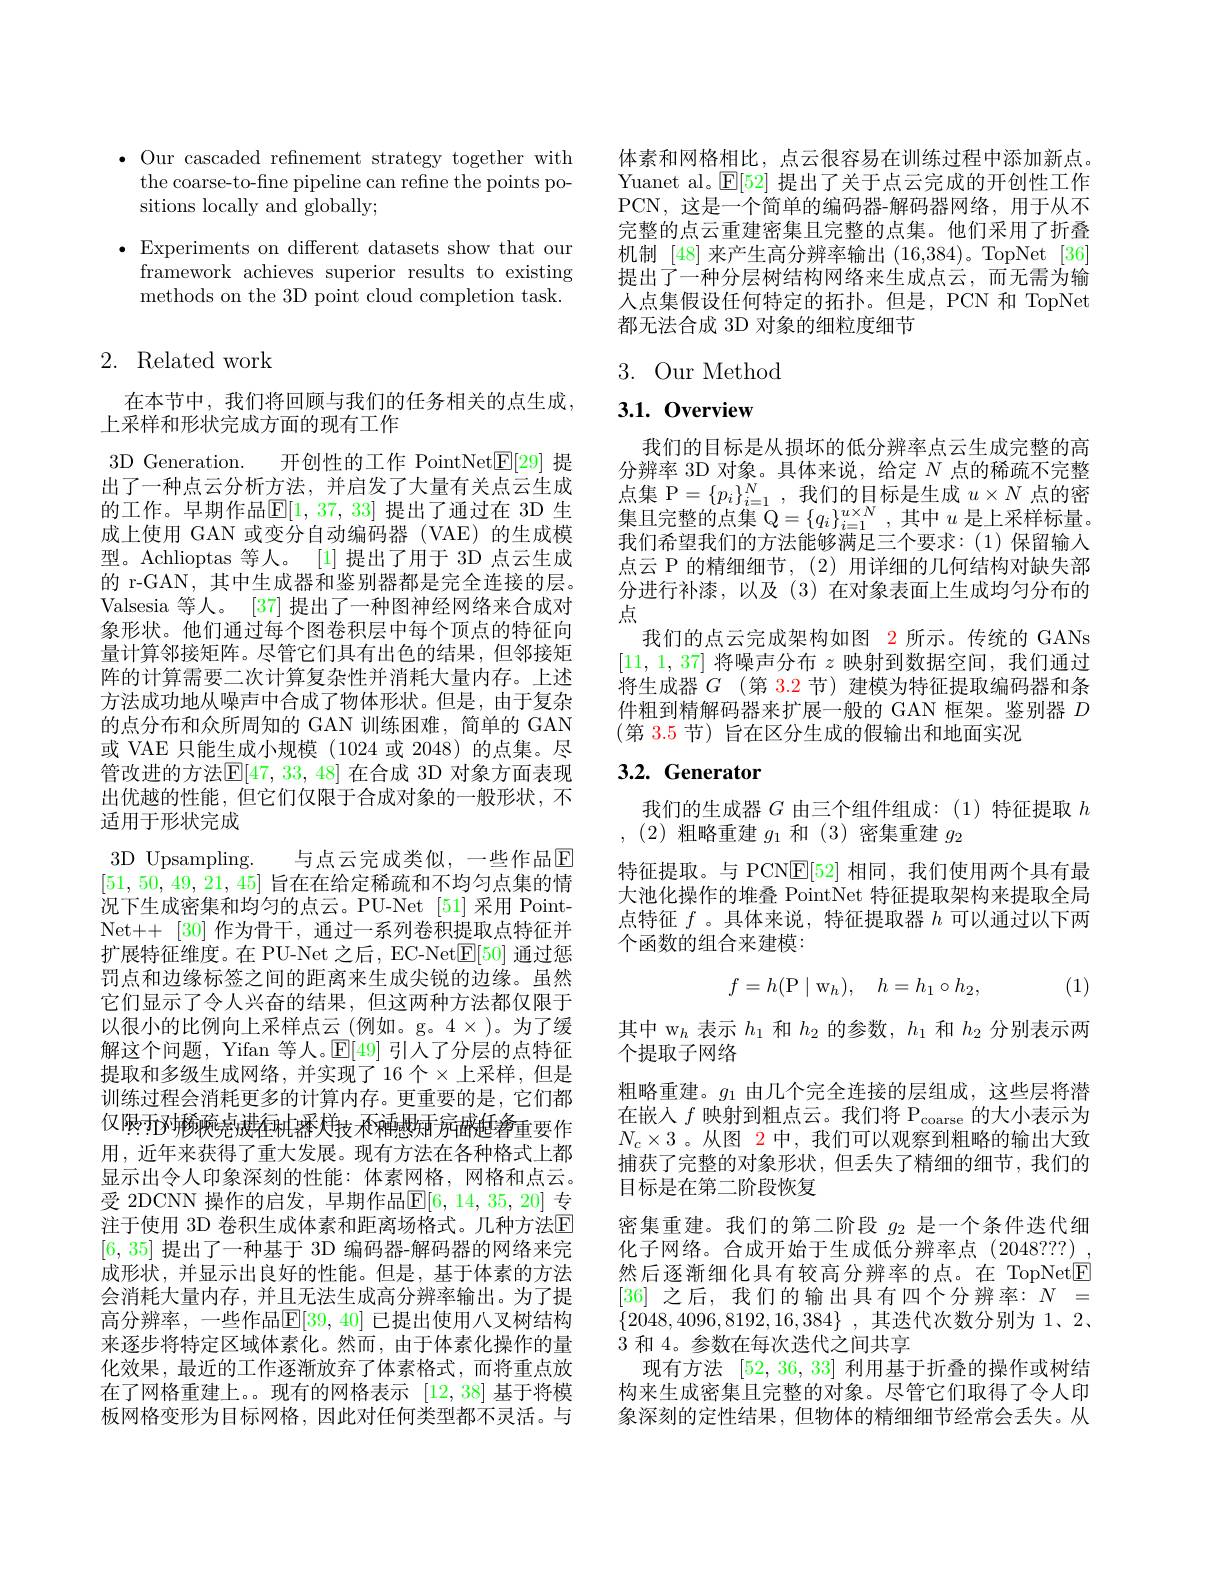
$\bullet$ Our cascaded refnement strategy together with
the coarse-to-fine pipeline can refine the points po-
sitions locally and globally;

$\bullet$Experiments on different datasets show that our
framework achieves superior results to existing methods on the 3D point cloud completion task.

## 2. Related work

在本节中，我们将回顾与我们的任务相关的点生成，
上采样和形状完成方面的现有工作
3D Generation. 开创性的工作 PointNet$\underline{\mathrm{E}}[29]$提出了一种点云分析方法，并启发了大量有关点云生成的工作。早期作品$\mathbb{E}[1,37,33]$ 提出了通过在 3D 生成上使用 GAN 或变分自动编码器 (VAE)的生成模型。Achlioptas 等人。[1]提出了用于 3D 点云生成的 r-GAN, 其中生成器和鉴别器都是完全连接的层。Valsesia 等人。[37] 提出了一种图神经网络来合成对象形状。他们通过每个图卷积层中每个顶点的特征向量计算邻接矩阵。尽管它们具有出色的结果，但邻接矩阵的计算需要二次计算复杂性并消耗大量内存。上述方法成功地从噪声中合成了物体形状。但是，由于复杂的点分布和众所周知的 GAN 训练困难，简单的 GAN 或 VAE 只能生成小规模 (1024 或 2048)的点集。尽管改进的方法$\mathbb{E}[47,33,48]$ 在合成 3D 对象方面表现出优越的性能，但它们仅限于合成对象的一般形状，不适用于形状完成
3D Upsampling. 与点云完成类似，一些作品$\mathbb{E}$ [51,50,49,21,45]旨在在给定稀疏和不均匀点集的情况下生成密集和均匀的点云。PU-Net [51] 采用 PointNet++[30] 作为骨干，通过一系列卷积提取点特征并扩展特征维度。在 PU-Net 之后，EC-Net$\mathbb{E}[50]$通过惩罚点和边缘标签之间的距离来生成尖锐的边缘。虽然它们显示了令人兴奋的结果，但这两种方法都仅限于以很小的比例向上采样点云(例如。g。4×)。为了缓解这个问题，Yifan 等人。$\mathbb{E}[49]$引入了分层的点特征提取和多级生成网络，并实现了16 个$\times$上采样，但是训练过程会消耗更多的计算内存。更重要的是，它们都仅限示对移液免进往机器犬技 采种悬压病病的用，近年来获得了重大发展。现有方法在各种格式上都显示出令人印象深刻的性能：体素网格，网格和点云。受 2DCNN 操作的启发，早期作品$\mathbb{E}[6,14,35,20]$ 专注于使用 3D 卷积生成体素和距离场格式。几种方法$\mathbb{E}$ [6,35]提出了一种基于 3D 编码器-解码器的网络来完成形状，并显示出良好的性能。但是，基于体素的方法会消耗大量内存，并且无法生成高分辨率输出。为了提高分辨率，一些作品$\mathbb{E}[39,40]$ 已提出使用八叉树结构来逐步将特定区域体素化。然而，由于体素化操作的量化效果，最近的工作逐渐放弃了体素格式，而将重点放在了网格重建上。。现有的网格表示[12,38]基于将模板网格变形为目标网格，因此对任何类型都不灵活。与

体素和网格相比，点云很容易在训练过程中添加新点。Yuanet al。$\mathbb{E}[52]$提出了关于点云完成的开创性工作PCN,这是一个简单的编码器-解码器网络，用于从不完整的点云重建密集且完整的点集。他们采用了折叠机制[48]来产生高分辨率输出(16,384)。TopNet[36] 提出了一种分层树结构网络来生成点云，而无需为输入点集假设任何特定的拓扑。但是，PCN 和 TopNet 都无法合成 3D 对象的细粒度细节

# 3. Our Method

## 3.1.0verview

我们的目标是从损坏的低分辨率点云生成完整的高分辨率 3D 对象。具体来说，给定$N$点的稀疏不完整点集 P$=\{p_i\}_{i=1}^N$,我们的目标是生成$u\times N$点的密集且完整的点集Q$= \{ q_i\} _i= 1^{u\times N}$,其中$u$是上采样标量。我们希望我们的方法能够满足三个要求：(1)保留输入点云 P 的精细细节，(2)用详细的几何结构对缺失部分进行补漆，以及(3)在对象表面上生成均匀分布的点
我们的点云完成架构如图 2 所示。传统的 GANs [11,1,37]将噪声分布$z$映射到数据空间，我们通过将生成器$G$ (第 3.2 节) 建模为特征提取编码器和条件粗到精解码器来扩展一般的 GAN 框架。鉴别器$D$ (第 3.5 节)旨在区分生成的假输出和地面实况

# 3.2. Generator

我们的生成器$G$由三个组件组成：(1)特征提取$h$
,(2)粗略重建$g_1$和 (3)密集重建$g_2$
特征提取。与 PCN$\mathbb{E}[52]$相同，我们使用两个具有最大池化操作的堆叠 PointNet 特征提取架构来提取全局点特征$f$ 。具体来说，特征提取器$h$可以通过以下两个函数的组合来建模：
$$f=h(\mathrm P\mid\mathrm w_h),\quad h=h_1\circ h_2,$$
(1)

其中 w$_h$表示$h_1$和$h_2$的参数，$h_1$和$h_2$分别表示两
个提取子网络
粗略重建。$g_1$由几个完全连接的层组成，这些层将潜在嵌入 $f\text{ 映射到粗点云。我们将 P}_{\mathrm{coarse}}$的大小表示为$N_c\times3$ 。从图 2 中，我们可以观察到粗略的输出大致捕获了完整的对象形状，但丢失了精细的细节，我们的目标是在第二阶段恢复
密集重建。我们的第二阶段$g_2$是一个条件迭代细化子网络。合成开始于生成低分辨率点(2048???), 然后逐渐细化具有较高分辨率的点。在 TopNetE [36]之后，我们的输出具有四个分辨率：$N=$ $\{ 2048, 4096, 8192, 16, 384\}$ ,其迭代次数分别为 1、2、 3 和 4。参数在每次迭代之间共享
现有方法[52,36,33]利用基于折叠的操作或树结构来生成密集且完整的对象。尽管它们取得了令人印象深刻的定性结果，但物体的精细细节经常会丢失。从